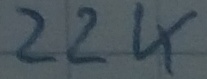
Text: 22K